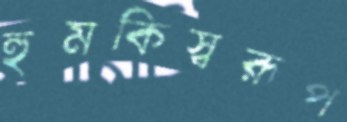
হুমকিস্বরূপ